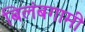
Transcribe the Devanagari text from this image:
बिलंबगामी